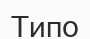
Типо